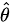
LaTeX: \scriptstyle{\hat{\theta}}